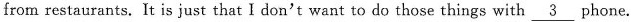
from restaurants. It is just that I don't want to do those things with \underline{3} phone.